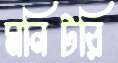
মনিটরি